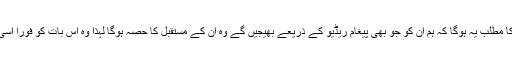
اگر ان کے سیارے پر وقت کا دھارا الٹا بہ رہا ہوگا تو اس کا مطلب یہ ہوگا کہ ہم ان کو جو بھی پیغام ریڈیو کے ذریعے بھیجیں گے وہ ان کے مستقبل کا حصّہ ہوگا لہٰذا وہ اس بات کو فوراً اسی وقت بھول جائیں گے جیسی ہی وہ بات ہم انھیں بتائیں گے۔